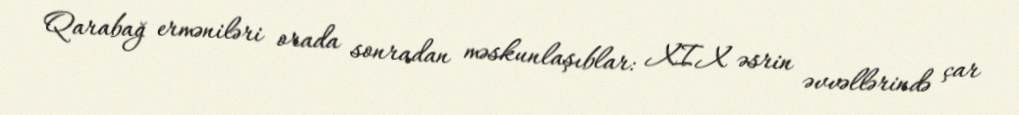
Qarabağ erməniləri orada sonradan məskunlaşıblar: XIX əsrin əvvəllərində çar